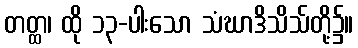
တတ္ထ၊ ထို ၁၃-ပါးသော သံဃာဒိသိသ်တို့၌။